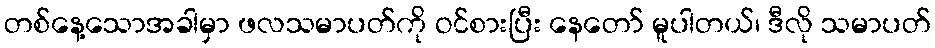
တစ်နေ့သောအခါမှာ ဖလသမာပတ်ကို ဝင်စားပြီး နေတော် မူပါတယ်၊ ဒီလို သမာပတ်